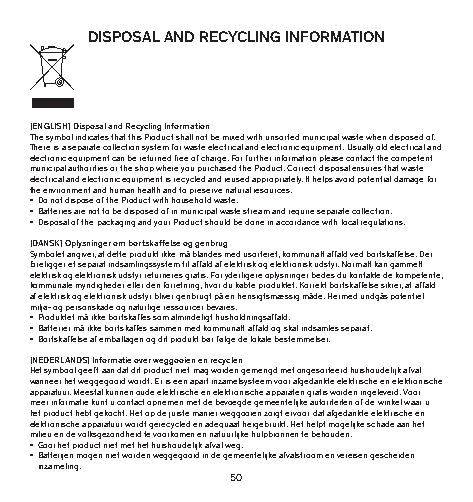
DISPOSAL AND RECYCLING INFORMATION
 [ENGLISH] Disposal and Recycling Information
 The symbol indicates that this Product shall not be mixed with unsorted municipal waste when disposed of.
 There is a separate collection system for waste electrical and electronic equipment. Usually old electrical and
 electronic equipment can be returned free of charge. For further information please contact the competent
 municipal authorities or the shop where you purchased the Product. Correct disposal ensures that waste
 electrical and electronic equipment is recycled and reused appropriately. It helps avoid potential damage for
 the environment and human health and to preserve natural resources.
 • Do not dispose of the Product with household waste.
 • Batteries are not to be disposed of in municipal waste stream and require separate collection.
 • Disposal of the packaging and your Product should be done in accordance with local regulations.
 [DANSK] Oplysninger om bortskaffelse og genbrug
 Symbolet angiver, at dette produkt ikke må blandes med usorteret, kommunalt affald ved bortskaffelse. Der
 foreligger et separat indsamlingssystem til affald af elektrisk og elektronisk udstyr. Normalt kan gammelt
 elektrisk og elektronisk udstyr returneres gratis. For yderligere oplysninger bedes du kontakte de kompetente,
 kommunale myndigheder eller den forretning, hvor du købte produktet. Korrekt bortskaffelse sikrer, at affald
 af elektrisk og elektronisk udstyr bliver genbrugt på en hensigtsmæssig måde. Hermed undgås potentiel
 miljø- og personskade og naturlige ressourcer bevares.
 • Produktet må ikke bortskaffes som almindeligt husholdningsaffald.
 • Batterier må ikke bortskaffes sammen med kommunalt affald og skal indsamles separat.
 • Bortskaffelse af emballagen og dit produkt bør følge de lokale bestemmelser.
 [NEDERLANDS] Informatie over weggooien en recyclen
 Het symbool geeft aan dat dit product niet mag worden gemengd met ongesorteerd huishoudelijk afval
 wanneer het weggegooid wordt. Er is een apart inzamelsysteem voor afgedankte elektrische en elektronische
 apparatuur. Meestal kunnen oude elektrische en elektronische apparaten gratis worden ingeleverd. Voor
 meer informatie kunt u contact opnemen met de bevoegde gemeentelijke autoriteiten of de winkel waar u
 het product hebt gekocht. Het op de juiste manier weggooien zorgt ervoor dat afgedankte elektrische en
 elektronische apparatuur wordt gerecycled en adequaat hergebruikt. Het helpt mogelijke schade aan het
 milieu en de volksgezondheid te voorkomen en natuurlijke hulpbronnen te behouden.
 • Gooi het product niet met het huishoudelijk afval weg.
 • Batterijen mogen niet worden weggegooid in de gemeentelijke afvalstroom en vereisen gescheiden
 inzameling.
 50